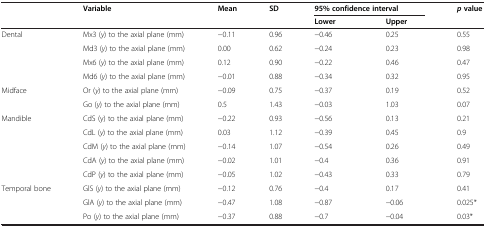
<table><thead><tr><td rowspan="2"><b> </b></td><td rowspan="2"><b>Variable</b></td><td rowspan="2"><b>Mean</b></td><td rowspan="2"><b>SD</b></td><td colspan="2"><b>95%confidence interval</b></td><td rowspan="2"><b><i>p</i>value</b></td></tr><tr><td><b>Lower</b></td><td><b>Upper</b></td></tr></thead><tbody><tr><td rowspan="4">Dental</td><td>Mx3 (<i>y</i>) to the axial plane (mm)</td><td>−0.11</td><td>0.96</td><td>−0.46</td><td>0.25</td><td>0.55</td></tr><tr><td>Md3 (<i>y</i>) to the axial plane (mm)</td><td>0.00</td><td>0.62</td><td>−0.24</td><td>0.23</td><td>0.98</td></tr><tr><td>Mx6 (<i>y</i>) to the axial plane (mm)</td><td>0.12</td><td>0.90</td><td>−0.22</td><td>0.46</td><td>0.47</td></tr><tr><td>Md6 (<i>y</i>) to the axial plane (mm)</td><td>−0.01</td><td>0.88</td><td>−0.34</td><td>0.32</td><td>0.95</td></tr><tr><td rowspan="2">Midface</td><td>Or (<i>y</i>) to the axial plane (mm)</td><td>−0.09</td><td>0.75</td><td>−0.37</td><td>0.19</td><td>0.52</td></tr><tr><td>Go (<i>y</i>) to the axial plane (mm)</td><td>0.5</td><td>1.43</td><td>−0.03</td><td>1.03</td><td>0.07</td></tr><tr><td rowspan="5">Mandible</td><td>CdS (y) to the axial plane (mm)</td><td>−0.22</td><td>0.93</td><td>−0.56</td><td>0.13</td><td>0.21</td></tr><tr><td>CdL (<i>y</i>) to the axial plane (mm)</td><td>0.03</td><td>1.12</td><td>−0.39</td><td>0.45</td><td>0.9</td></tr><tr><td>CdM (<i>y</i>) to the axial plane (mm)</td><td>−0.14</td><td>1.07</td><td>−0.54</td><td>0.26</td><td>0.49</td></tr><tr><td>CdA (<i>y</i>) to the axial plane (mm)</td><td>−0.02</td><td>1.01</td><td>−0.4</td><td>0.36</td><td>0.91</td></tr><tr><td>CdP (<i>y</i>) to the axial plane (mm)</td><td>−0.05</td><td>1.02</td><td>−0.43</td><td>0.33</td><td>0.79</td></tr><tr><td rowspan="3">Temporal bone</td><td>GlS (<i>y</i>) to the axial plane (mm)</td><td>−0.12</td><td>0.76</td><td>−0.4</td><td>0.17</td><td>0.41</td></tr><tr><td>GlA (<i>y</i>) to the axial plane (mm)</td><td>−0.47</td><td>1.08</td><td>−0.87</td><td>−0.06</td><td>0.025*</td></tr><tr><td>Po (<i>y</i>) to the axial plane (mm)</td><td>−0.37</td><td>0.88</td><td>−0.7</td><td>−0.04</td><td>0.03*</td></tr></tbody></table>